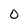
Character: 0